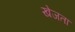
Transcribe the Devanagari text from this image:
खेजता